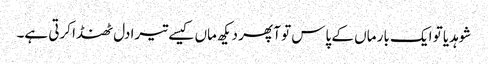
شوہدیا تو ایک بار ماں کے پاس تو آ پھر دیکھ ماں کیسے تیرا دل ٹھنڈا کرتی ہے۔